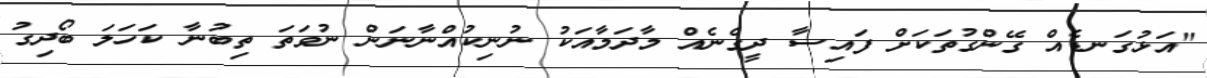
"އަޅުގަނޑެއް ގޭންގުތަކަށް ފައިސާ ދީގެނެއް މާދަމާއަކު ނުނިކުއްނާނަން ނުވަތަ ތިބުނާ ކަހަލަ ބޯދިގު